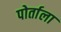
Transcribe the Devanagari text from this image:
पोर्ताला